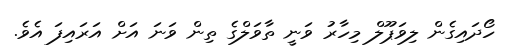
ހޯދައިގެން ލިވަޕޫލް މިހާރު ވަނީ ތާވަލްގެ ތިން ވަނަ އަށް އަރައިފަ އެވެ.